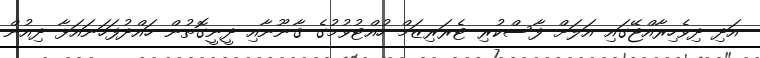
އަދި ދިވެހިރާއްޖޭގައި އަލަށް ފާސްކުރި ޓެރަރިޒަމް ހުއްޓުވުމުގެ ޤާނޫނާއި ދީނީގޮތުން ހައްދުފަހަނައަޅާ ދިއުން